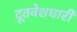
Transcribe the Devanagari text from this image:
दूतवेशधारी